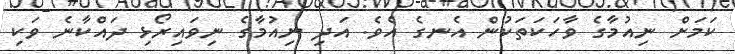
ކަމަށް ނިއުމާގެ ވާހަކަތަކުން އެނގެ އެވެ. އަދި ނިއުމާގެ ނިވައިރޯޅި ދައްކާނެ ވަކި